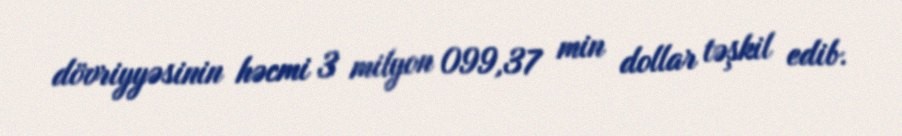
dövriyyəsinin həcmi 3 milyon 099,37 min dollar təşkil edib.